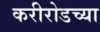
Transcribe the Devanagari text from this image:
करीरोडच्या